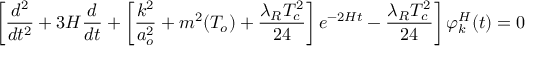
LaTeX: \left[ \frac { d ^ { 2 } } { d t ^ { 2 } } + 3 H \frac { d } { d t } + \left[ \frac { k ^ { 2 } } { a _ { o } ^ { 2 } } + m ^ { 2 } ( T _ { o } ) + \frac { \lambda _ { R } T _ { c } ^ { 2 } } { 2 4 } \right] e ^ { - 2 H t } - \frac { \lambda _ { R } T _ { c } ^ { 2 } } { 2 4 } \right] \varphi _ { k } ^ { H } ( t ) = 0